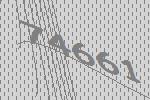
74661